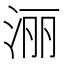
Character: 𣶇